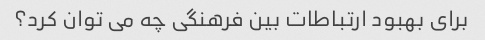
برای بهبود ارتباطات بین فرهنگی چه می توان کرد؟